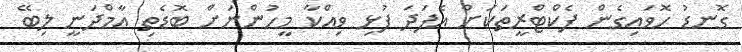
ގޮނޑު ހޮވައިގެން ފެކްޓްރީތަކަށް އެފަދަ ފުޅި ވިއްކާ މީހުންނަށް ބޮޑެތި އާމްދަނީ ލިބޭ